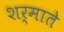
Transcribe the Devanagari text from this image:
शर्माते